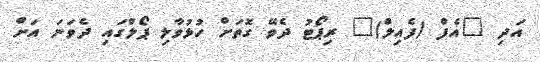
އަދި "އެފް (ފެއިލް)" ރިޕޯޓު ދެވޭ ގޮތަށް ހުޅުވާލި ޕޯލްގައި ދެވަނަ އަށް